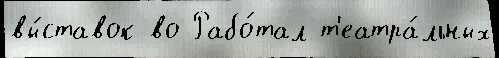
вы́ставок во Рабо́тал т'еатра́льных